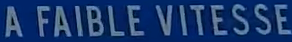
A FAIBLE VITESSE